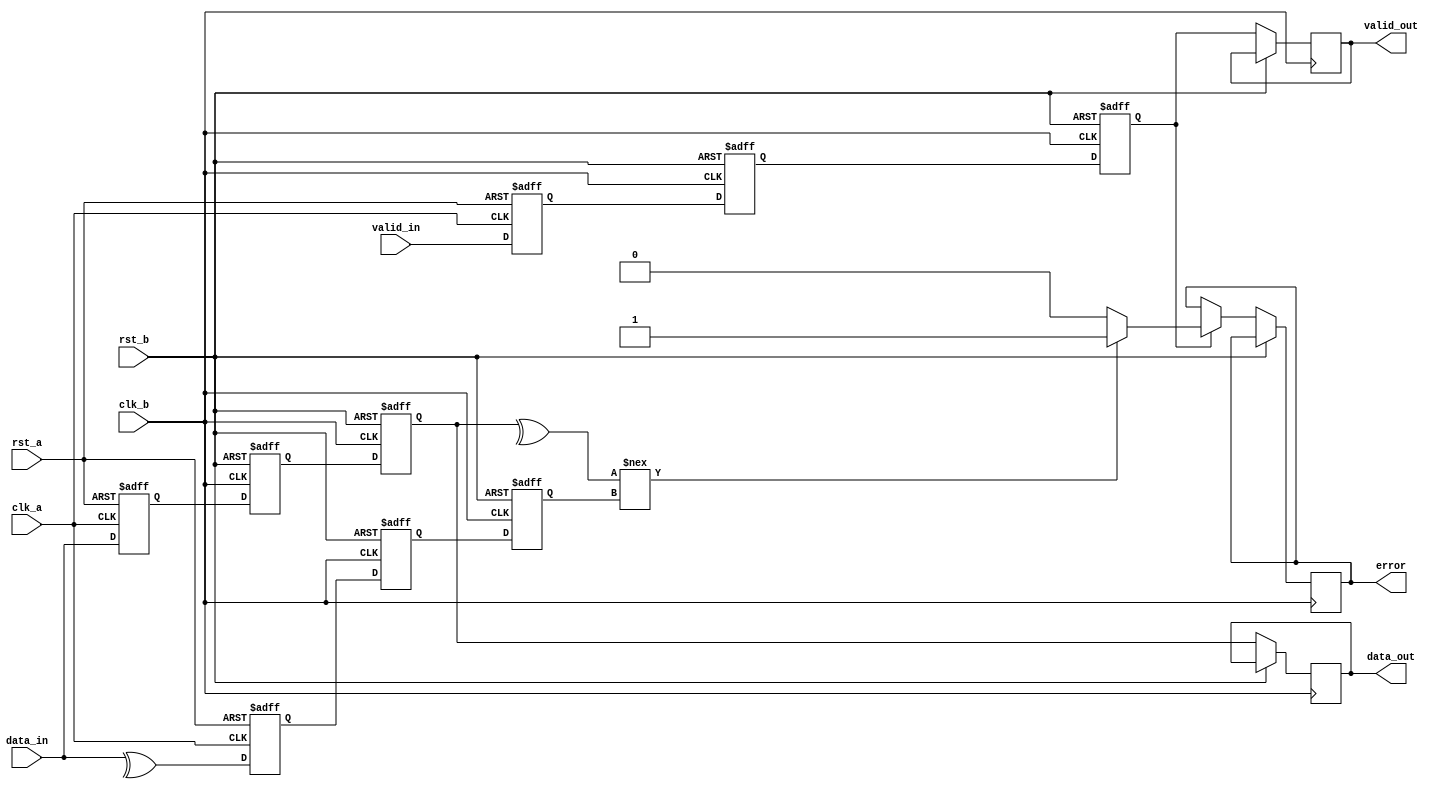
module cdc_with_error_detection (
    input wire clk_a,          // Clock domain A
    input wire clk_b,          // Clock domain B
    input wire rst_a,          // Reset for clock domain A
    input wire rst_b,          // Reset for clock domain B
    input wire [7:0] data_in,  // Data input in clock domain A
    input wire valid_in,        // Valid signal in clock domain A
    output reg [7:0] data_out,  // Data output in clock domain B
    output reg valid_out,       // Valid signal in clock domain B
    output reg error            // Error signal for parity check
);

    reg [7:0] data_a;               // Hold data in domain A
    reg valid_a;                    // Hold valid signal in domain A
    reg parity_bit;                 // Parity bit for data_in

    // Calculate parity in clock domain A
    always @(posedge clk_a or posedge rst_a) begin
        if (rst_a) begin
            data_a <= 8'b0;
            valid_a <= 1'b0;
            parity_bit <= 1'b0;
        end else begin
            data_a <= data_in;
            valid_a <= valid_in;
            // Calculate a simple even parity bit
            parity_bit <= ^data_in;  // Parity is 1 if odd number of 1's
        end
    end

    // Synchronize data and valid signal into clock domain B
    reg [7:0] sync_data_1, sync_data_2;
    reg sync_valid_1, sync_valid_2;
    reg sync_parity_1, sync_parity_2;

    always @(posedge clk_b or posedge rst_b) begin
        if (rst_b) begin
            sync_data_1 <= 8'b0;
            sync_data_2 <= 8'b0;
            sync_valid_1 <= 1'b0;
            sync_valid_2 <= 1'b0;
            sync_parity_1 <= 1'b0;
            sync_parity_2 <= 1'b0;
        end else begin
            // First stage of synchronization
            sync_data_1 <= data_a;
            sync_valid_1 <= valid_a;
            sync_parity_1 <= parity_bit;
            // Second stage of synchronization
            sync_data_2 <= sync_data_1;
            sync_valid_2 <= sync_valid_1;
            sync_parity_2 <= sync_parity_1;

            // Drive the output in the clock domain B
            data_out <= sync_data_2;
            valid_out <= sync_valid_2;
            
            // Check for parity error
            if (sync_valid_2) begin
                if (^(sync_data_2) !== sync_parity_2) begin
                    error <= 1'b1;  // Parity mismatch
                end else begin
                    error <= 1'b0;  // No error
                end
            end
        end
    end
endmodule